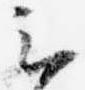
云